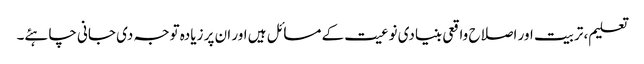
تعلیم، تربیت اور اصلاح واقعی بنیادی نوعیت کے مسائل ہیں اور ان پر زیادہ توجہ دی جانی چاہئے۔